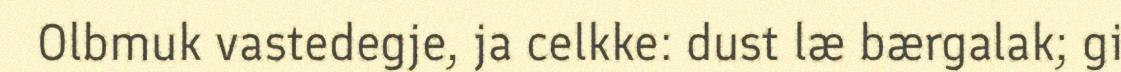
Olbmuk vastedegje, ja celkke: dust læ bærgalak; gi